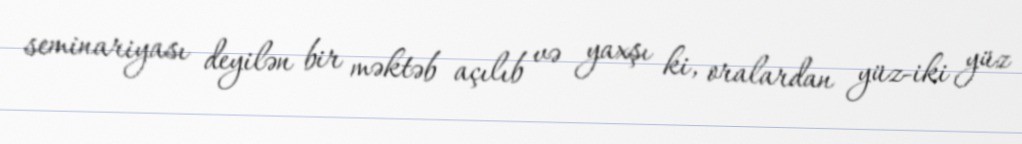
seminariyası deyilən bir məktəb açılıb və yaxşı ki, oralardan yüz-iki yüz